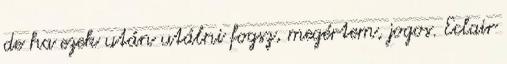
de ha ezek után utálni fogsz, megértem, jogos. Eclair